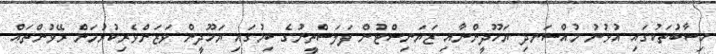
ހިސާބުތަކުގައި އުޅުނު މުއްސަނދި ޔަހޫދީންނާއި ޒަޔަނިސްޓުން ފަލަސްތީނުގެ ބިމުގައި ޔަހޫދީން ވަޒަންވެރިކުރުމަށް ރޭވުންތައް